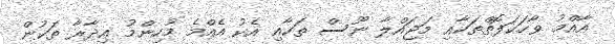
އާއްމު ވާހަކަފޮތްތަކާއި މަޖައްލާ ނޫސް ތަކާއި އެކު އެއްމެ މުހިންމު އިދާރާ ތަކުން